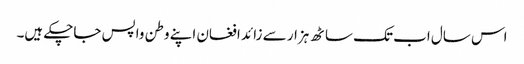
اس سال اب تک ساٹھ ہزار سے زائد افغان اپنے وطن واپس جاچکے ہیں۔